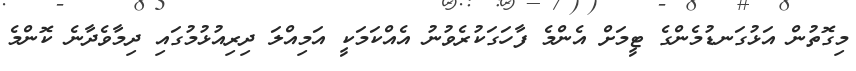
މިގޮތުން އަޅުގަނޑުމެންގެ ޓީމަށް އެންމެ ފާހަގަކުރެވުނު އެއްކަމަކީ އަމިއްލަ ދިރިއުޅުމުގައި ދިމާވެދާނެ ކޮންމެ